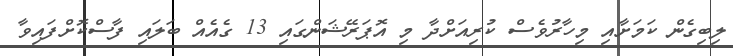
ލިބިގެން ކަމަށާއި މިހާރުވެސް ކުރިއަށްދާ މި އޮޕަރޭޝަންގައި 13 ގެއެއް ބަލައި ފާސްކޮށްފައިވާ